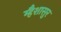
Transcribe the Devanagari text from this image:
म्हैशासुर